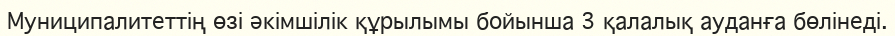
Муниципалитеттің өзі әкімшілік құрылымы бойынша 3 қалалық ауданға бөлінеді.